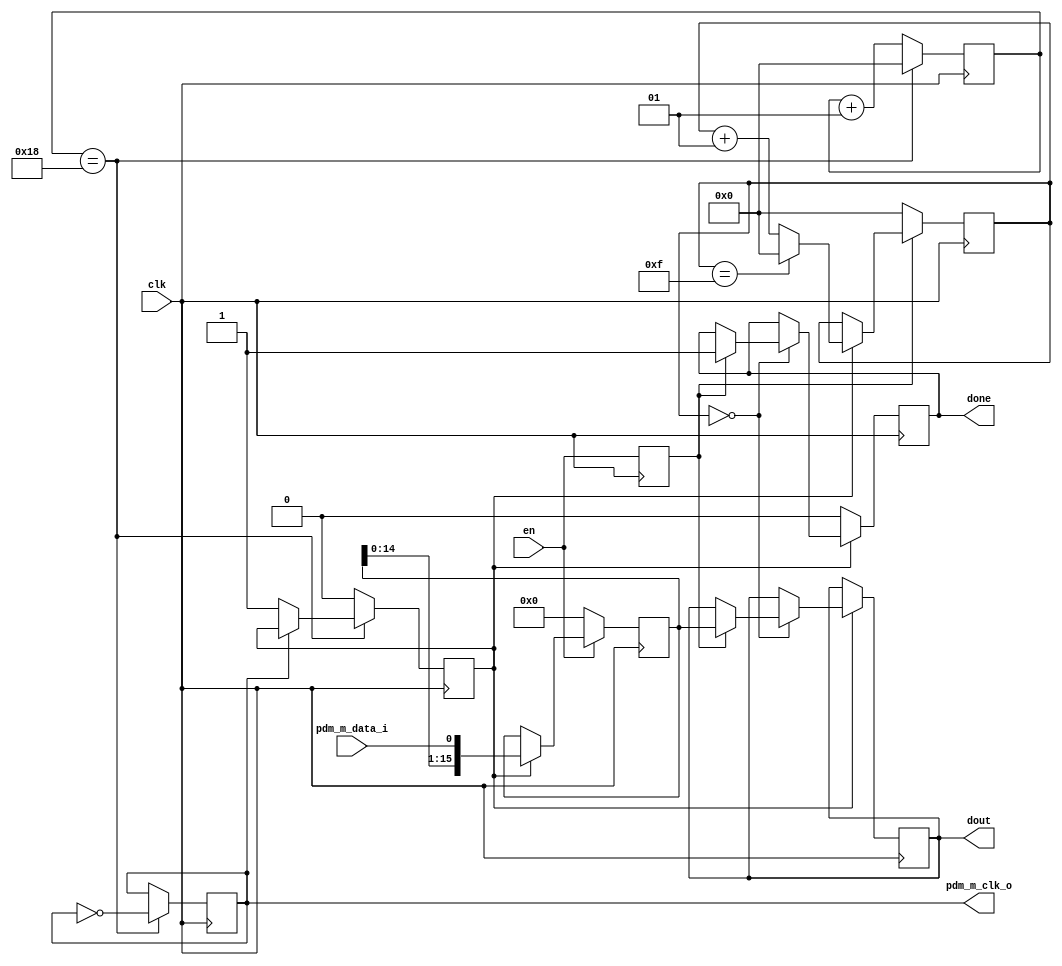
module PdmDes(
    input clk,
    input en,
    output done,
    output [15:0] dout,
    output pdm_m_clk_o,
    input pdm_m_data_i
    );

parameter C_PDM_FREQ_HZ=2000000;

reg en_int=0;
reg done_int=0;
reg clk_int=0;
reg pdm_clk_rising;
reg [15:0] pdm_tmp, dout;
integer cnt_bits=0;
integer cnt_clk=0;

assign done = done_int;
assign pdm_m_clk_o = clk_int;

// register en input    
always @(posedge clk)
    en_int <= en;

// Sample input serial data process
always @(posedge clk) 
  if (en==0)
    pdm_tmp <= 0;
  else
  if (pdm_clk_rising) 
     pdm_tmp <= {pdm_tmp[14:0],pdm_m_data_i};

// Count the number of sampled bits
always @(posedge clk)
begin
  if (en_int==0)
    cnt_bits <=0;
  else
    if (pdm_clk_rising)
    begin
        if (cnt_bits == 15)
            cnt_bits <=0;
        else
            cnt_bits <= cnt_bits + 1;
     end           
end

// Generate the done signal
always @(posedge clk)
begin
  if (pdm_clk_rising)
  begin
    if (cnt_bits==0)
    begin
        if (en_int)
        begin
            done_int<=1;
            dout <= pdm_tmp;
        end
     end
  end
  else
    done_int <= 0;
end

// Generate PDM Clock, that runs independent from the enable signal, therefore
// the onboard microphone will always send data
always @(posedge clk)
begin
//  clk_int <= 0;
  if (cnt_clk == 24) // (C_SYS_CLK_FREQ_MHZ*1000000)/(C_PDM_FREQ_HZ*2))-1  where C_SYS_CLK_FREQ_MHZ=100, C_PDM_FREQ_HZ=2MHz
  begin
    cnt_clk <= 0;
    clk_int <= ~clk_int;
    if (clk_int == 0)
        pdm_clk_rising <= 1;
  end
  else
  begin
    cnt_clk <= cnt_clk + 1;
    pdm_clk_rising <= 0;
  end
end
    
endmodule